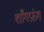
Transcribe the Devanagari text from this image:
शाँगफ़ंग